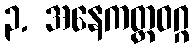
၃. အနေကတ္ထဝဂ္ဂ